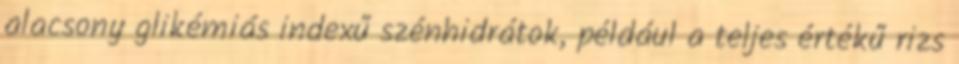
alacsony glikémiás indexű szénhidrátok, például a teljes értékű rizs